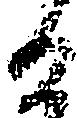
る